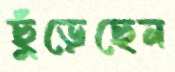
ছুঁড়েছেন